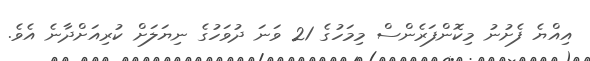
އިއްޔެ ފެށުނު މިކޮންފަރެންސް މިމަހުގެ 21 ވަނަ ދުވަހުގެ ނިޔަލަށް ކުރިއަށްދާނެ އެވެ.